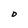
Character: D